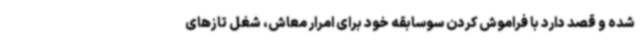
شده و قصد دارد با فراموش کردن سوسابقه خود برای امرار معاش، شغل تازهای